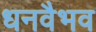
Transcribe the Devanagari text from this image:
धनवैभव